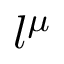
l ^ { \mu }